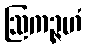
ဩကဉ္ဇဟံ